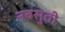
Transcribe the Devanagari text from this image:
नवसुती